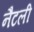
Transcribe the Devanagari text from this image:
नैटली